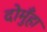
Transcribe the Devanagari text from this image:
दोमुँहा